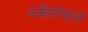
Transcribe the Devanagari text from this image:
लकीरोंवाले